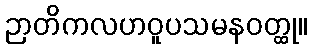
ဉာတိကလဟဝူပသမနဝတ္ထု။